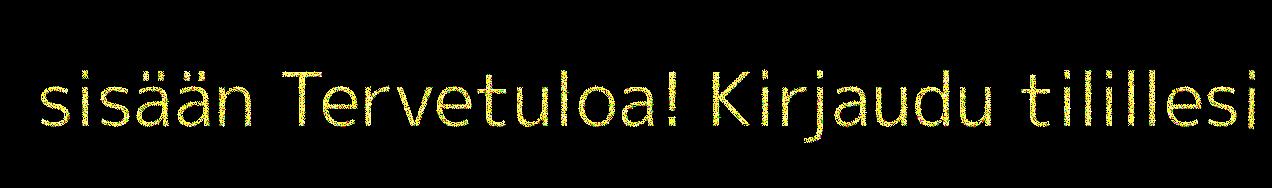
sisään Tervetuloa! Kirjaudu tilillesi